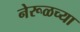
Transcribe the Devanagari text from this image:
नेरूळच्या